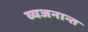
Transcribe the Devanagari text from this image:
व्यजनान्त